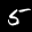
Label: 5